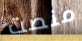
منصت